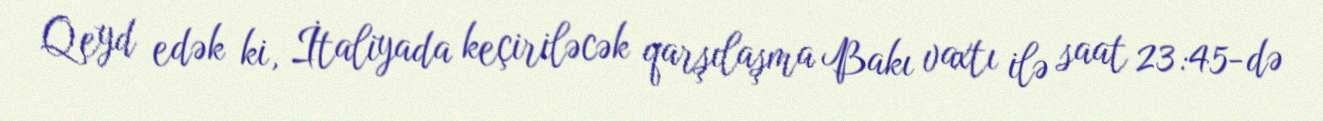
Qeyd edək ki, İtaliyada keçiriləcək qarşılaşma Bakı vaxtı ilə saat 23:45-də